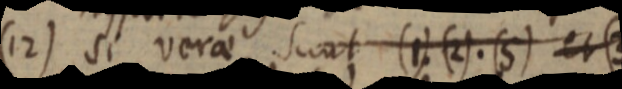
(12) si verae sunt (1). (2) .(5) et (3)